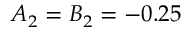
A _ { 2 } = B _ { 2 } = - 0 . 2 5